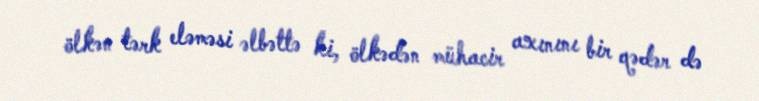
ölkən tərk eləməsi əlbəttə ki, ölkədən mühacir axınını bir qədər də